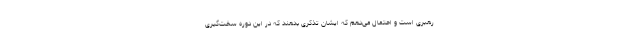
رهبری است و احتمال می‌دهم که ایشان تذکری بدهند که در این دوره سخت‌گیری